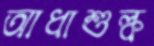
আধাশুল্ক